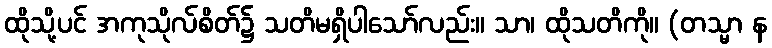
ထိုသို့ပင် အကုသိုလ်စိတ်၌ သတိမရှိပါသော်လည်း။ သာ၊ ထိုသတိကို။ (တသ္မာ န